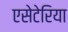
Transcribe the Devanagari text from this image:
एसेटेरिया